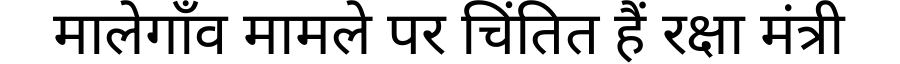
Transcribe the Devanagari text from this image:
मालेगाँव मामले पर चिंतित हैं रक्षा मंत्री